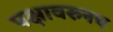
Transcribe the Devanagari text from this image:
पक्षावरुनच